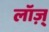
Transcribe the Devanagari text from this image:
लॉज़्